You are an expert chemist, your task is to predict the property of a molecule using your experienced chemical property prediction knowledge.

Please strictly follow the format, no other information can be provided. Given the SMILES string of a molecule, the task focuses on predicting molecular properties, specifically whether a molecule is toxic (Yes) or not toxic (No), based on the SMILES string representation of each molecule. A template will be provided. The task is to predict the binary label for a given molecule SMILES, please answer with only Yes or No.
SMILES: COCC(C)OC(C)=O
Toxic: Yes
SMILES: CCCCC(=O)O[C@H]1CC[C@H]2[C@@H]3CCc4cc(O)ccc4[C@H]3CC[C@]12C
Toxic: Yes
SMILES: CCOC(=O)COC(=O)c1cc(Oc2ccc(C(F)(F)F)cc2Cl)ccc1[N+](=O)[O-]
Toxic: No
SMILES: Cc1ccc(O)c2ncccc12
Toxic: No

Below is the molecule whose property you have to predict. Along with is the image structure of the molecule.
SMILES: CCOC(=O)/C=C\C(=O)OCC
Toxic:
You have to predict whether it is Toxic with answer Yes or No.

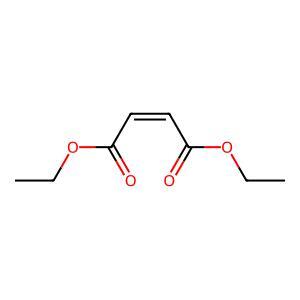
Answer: No